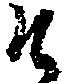
そ